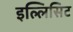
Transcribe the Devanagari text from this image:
इल्लिसिट